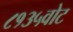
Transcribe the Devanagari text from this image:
८१३५वोट